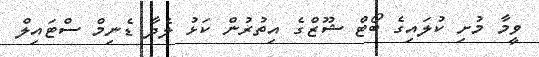
ވީމާ މުށި ކުލައިގެ ބޯޓް ޝޫޒްގެ އިތުރުން ކަޅު ލެދާ ޑެނިމް ސްޓައިލް